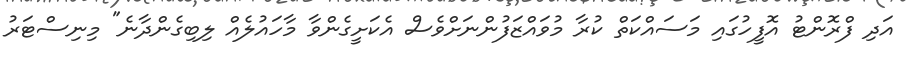
އަދި ފްރޮންޓު އޮފީހުގައި މަސައްކަތް ކުރާ މުވައްޒަފުންނަށްވެސް އެކަށީގެންވާ މާހައުލެއް ލިބިގެންދާނެ" މިނިސްޓަރު